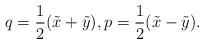
LaTeX: \begin{align*}q = \frac{1}{2} (\tilde x + \tilde y), p = \frac{1}{2} (\tilde x-\tilde y).\end{align*}